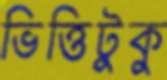
ভিত্তিটুকু